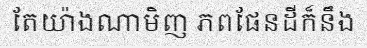
តែយ៉ាងណាមិញ ភពផែនដីក៏នឹង